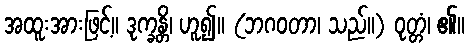
အထူးအားဖြင့်။ ဒုက္ခန္တိ၊ ဟူ၍။ (ဘဂဝတာ၊ သည်။) ဝုတ္တံ၊ ၏။